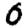
Digit: 0